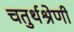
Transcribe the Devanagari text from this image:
चतुर्थश्रेणी